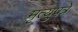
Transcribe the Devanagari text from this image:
मृत्युपत्रे